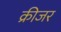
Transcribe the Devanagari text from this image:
क्रीजर